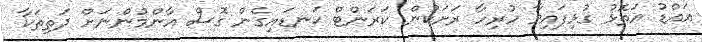
އައްޑު އަތޮޅު ގުޅިފައިވާ ހުރިހާ ރަށަކުން ކަރަންޓް ކަނޑައިގެން ގޮސް އާންމުންނަށް ދަތިތަކާ